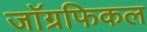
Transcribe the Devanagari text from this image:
जाॅग्रफिकल